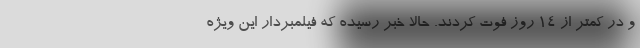
و در کمتر از 14 روز فوت کردند. حالا خبر رسیده که فیلمبردار این ویژه